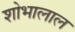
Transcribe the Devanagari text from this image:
शोभालाल